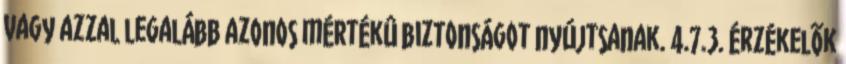
vagy azzal legalább azonos mértékû biztonságot nyújtsanak. 4.7.3. Érzékelõk